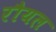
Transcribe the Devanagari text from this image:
रौयल